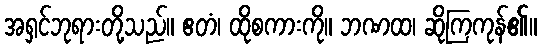
အရှင်ဘုရားတို့သည်။ ဧတံ၊ ထိုစကားကို။ ဘဏထ၊ ဆိုကြကုန်၏။